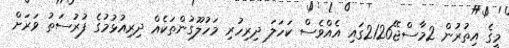
މީގެ އިތުރުން 2މާސްޖޭ2126ގައި އެއްވެސް ކަހަލަ ދިރިހުރި މަހުލޫގުންތަކެއް ދިރިއުޅުމުގެ ފުރުސަތު ވަރަށް